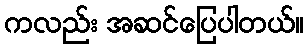
ကလည်း အဆင်ပြေပါတယ်။